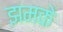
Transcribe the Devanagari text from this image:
झमके